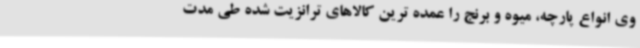
وی انواع پارچه، میوه و برنج را عمده ترین کالاهای ترانزیت شده طی مدت